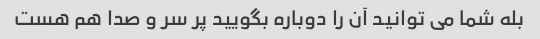
بله شما می توانید آن را دوباره بگویید پر سر و صدا هم هست